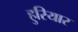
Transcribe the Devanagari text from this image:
हुरियार